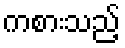
ကစားသည့်